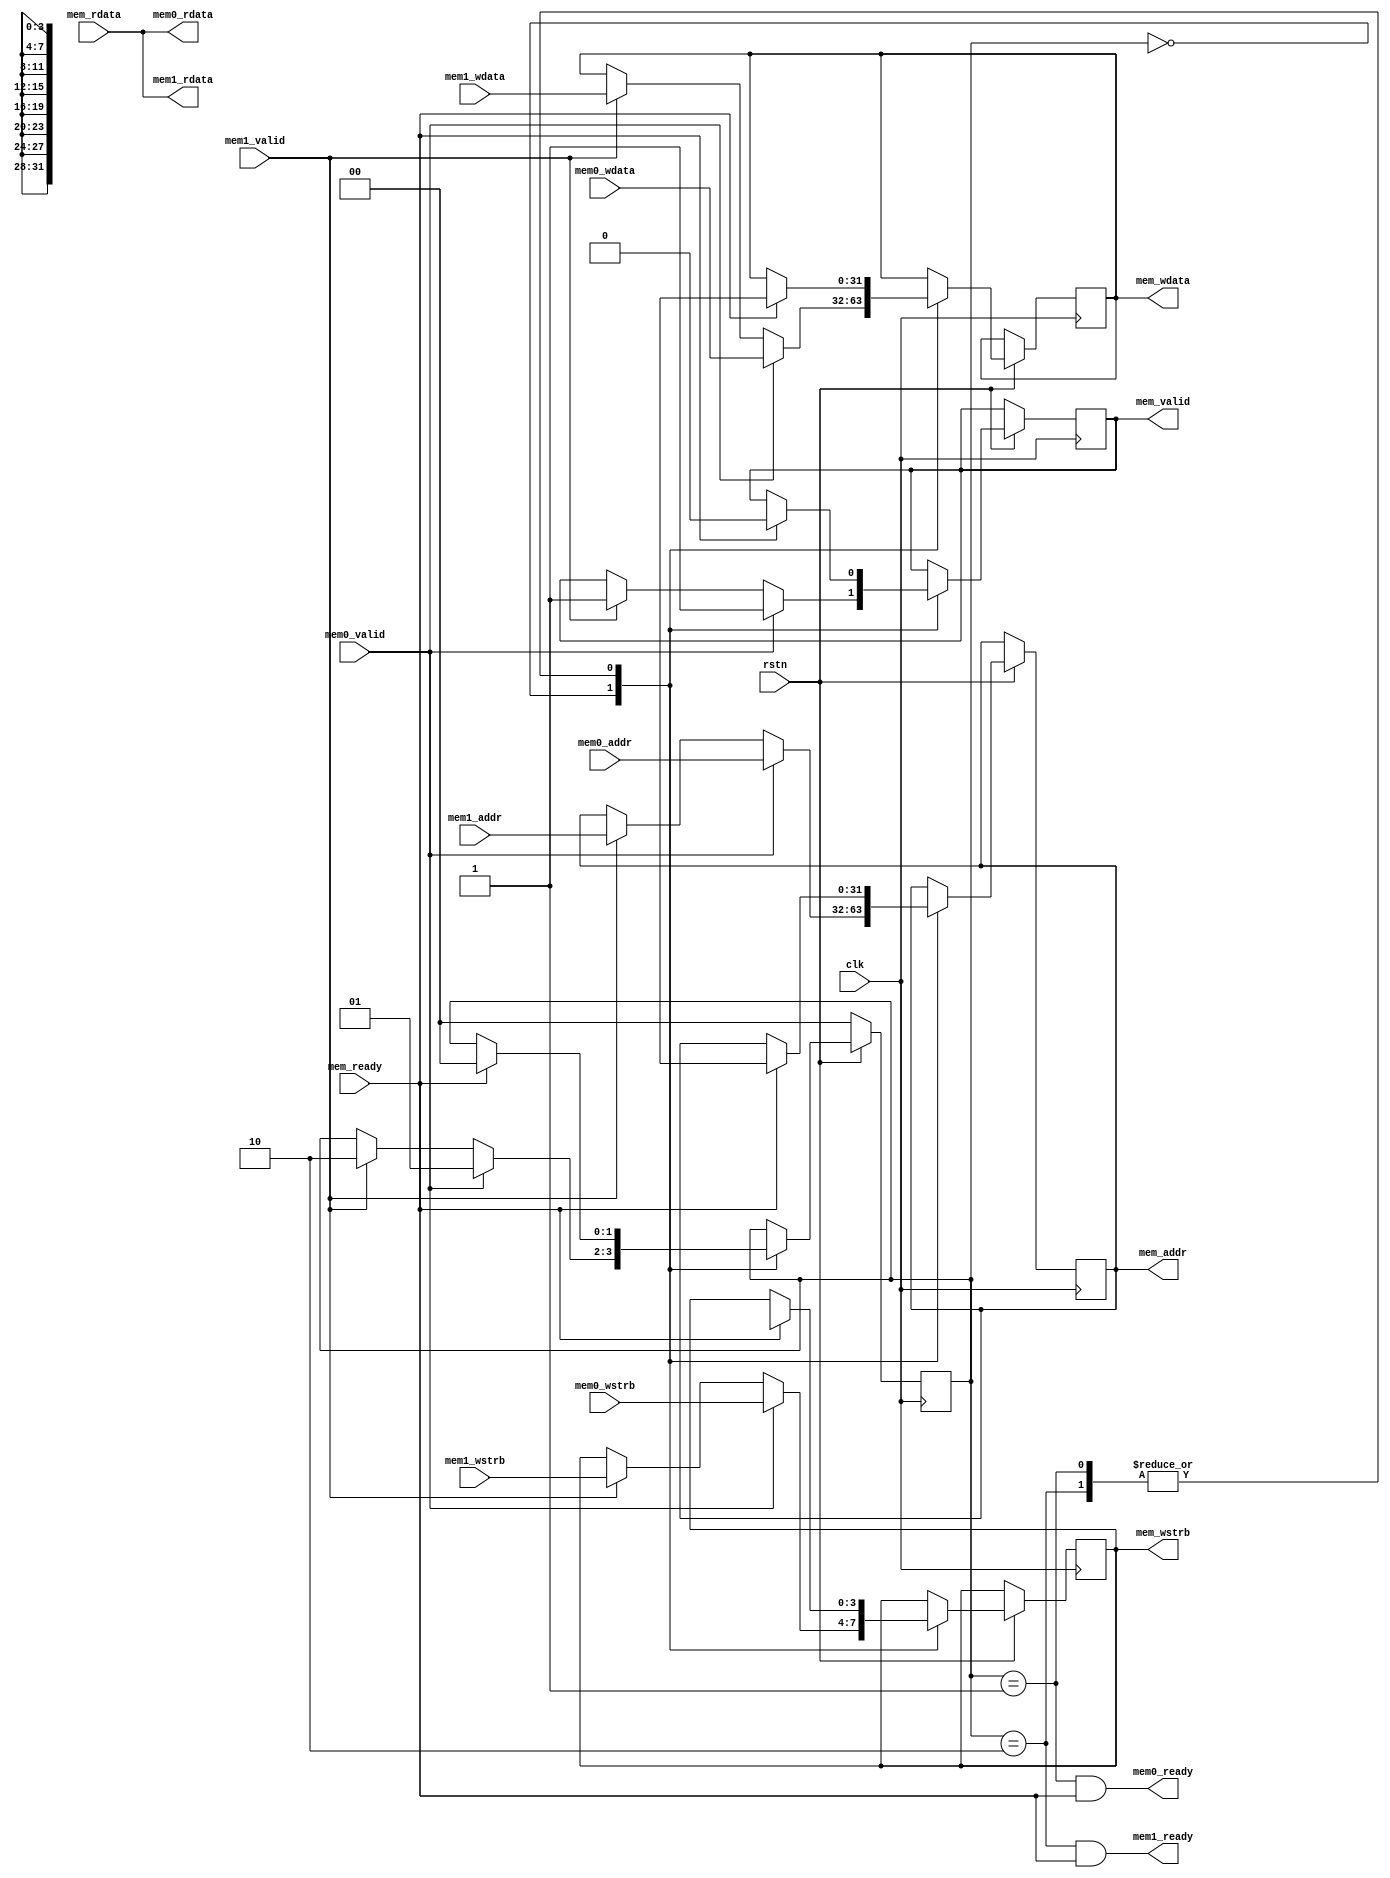
module arb (
    input clk,
    input rstn,

    // memory slave interface 0
    input mem0_valid,
    output mem0_ready,
    input [31:0] mem0_addr,
    output [31:0] mem0_rdata,
    input [31:0] mem0_wdata,
    input [3:0] mem0_wstrb,

    // memory slave interface 1
    input mem1_valid,
    output mem1_ready,
    input [31:0] mem1_addr,
    output [31:0] mem1_rdata,
    input [31:0] mem1_wdata,
    input [3:0] mem1_wstrb,

    // memory master interface
    output reg mem_valid,
    input mem_ready,
    output reg [31:0] mem_addr,
    input [31:0] mem_rdata,
    output reg [31:0] mem_wdata,
    output reg [3:0] mem_wstrb
);
    localparam IDLE = 0;
    localparam SLAVE0 = 1;
    localparam SLAVE1 = 2;

    reg [1:0] state = IDLE;

    //assign mem_valid = state == SLAVE0 || state == SLAVE1;
    //assign mem_addr  = state == SLAVE0 ? mem0_addr : mem1_addr;
    //assign mem_wdata = state == SLAVE0 ? mem0_wdata : mem1_wdata;
    //assign mem_wstrb = state == SLAVE0 ? mem0_wstrb : mem1_wstrb;

    assign mem0_ready = state == SLAVE0 && mem_ready;
    assign mem0_rdata = mem_rdata;

    assign mem1_ready = state == SLAVE1 && mem_ready;
    assign mem1_rdata = mem_rdata;

/*
    wire next_state = rst ? IDLE
                    : (state == IDLE && mem0_valid) ? SLAVE0
                    : (state == IDLE && mem1_valid) ? SLAVE1
                    : (state == SLAVE0 && mem_ready) ? (mem1_valid ? SLAVE1 : IDLE)
                    : (state == SLAVE1 && mem_ready) ? (mem0_valid ? SLAVE0 : IDLE)
                    : state;

    always @ (posedge clk) state <= next_state;
*/

    always @ (posedge clk) if(!rstn) begin
        state <= IDLE;
    end else begin
        case(state)
            IDLE: begin
                if(mem1_valid) begin
                    mem_valid <= 1;
                    mem_addr <= mem1_addr;
                    mem_wdata <= mem1_wdata;
                    mem_wstrb <= mem1_wstrb;
                    state <= SLAVE1;
                end
                if(mem0_valid) begin
                    mem_valid <= 1;
                    mem_addr <= mem0_addr;
                    mem_wdata <= mem0_wdata;
                    mem_wstrb <= mem0_wstrb;
                    state <= SLAVE0;
                end
            end
            SLAVE0:
                if(mem_ready) begin
                    mem_valid <= 0;
                    mem_addr <= 32'hxxxxxxxx;
                    mem_wdata <= 32'hxxxxxxxx;
                    mem_wstrb <= 32'hxxxxxxxx;
                    state <= IDLE;
                end
            SLAVE1:
                if(mem_ready) begin
                    mem_valid <= 0;
                    mem_addr <= 32'hxxxxxxxx;
                    mem_wdata <= 32'hxxxxxxxx;
                    mem_wstrb <= 32'hxxxxxxxx;
                    state <= IDLE;
                end
        endcase
    end
endmodule